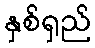
နှစ်ရှည်